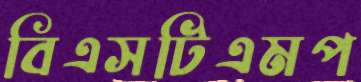
বিএসটিএমপ